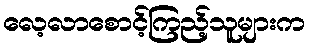
လေ့လာစောင့်ကြည့်သူများက